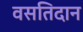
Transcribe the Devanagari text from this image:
वसतिदान